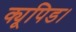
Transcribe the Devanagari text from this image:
क्यूपिड।